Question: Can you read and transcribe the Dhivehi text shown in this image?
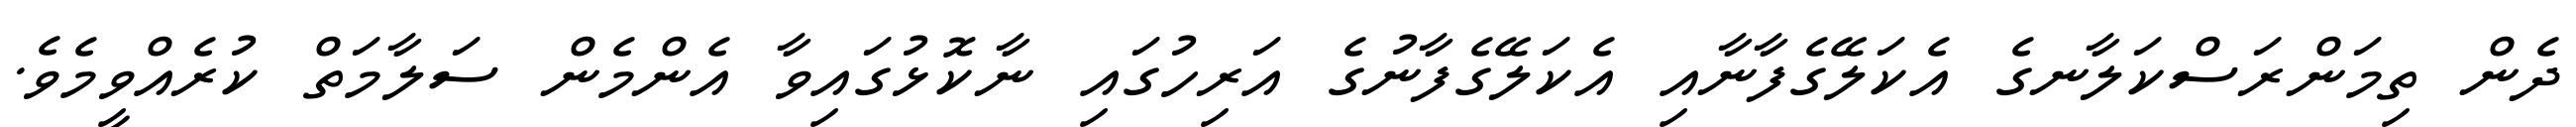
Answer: ދެން ތިމަންރަސްކަލާނގެ އެކަލޭގެފާނާއި އެކަލޭގެފާނުގެ އަރިހުގައި ނާކޮޅުގައިވާ އެންމެން ސަލާމަތް ކުރެއްވީމެވެ.